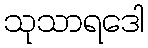
သုသာရဒေါ